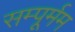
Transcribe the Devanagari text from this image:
सम्पूर्मम